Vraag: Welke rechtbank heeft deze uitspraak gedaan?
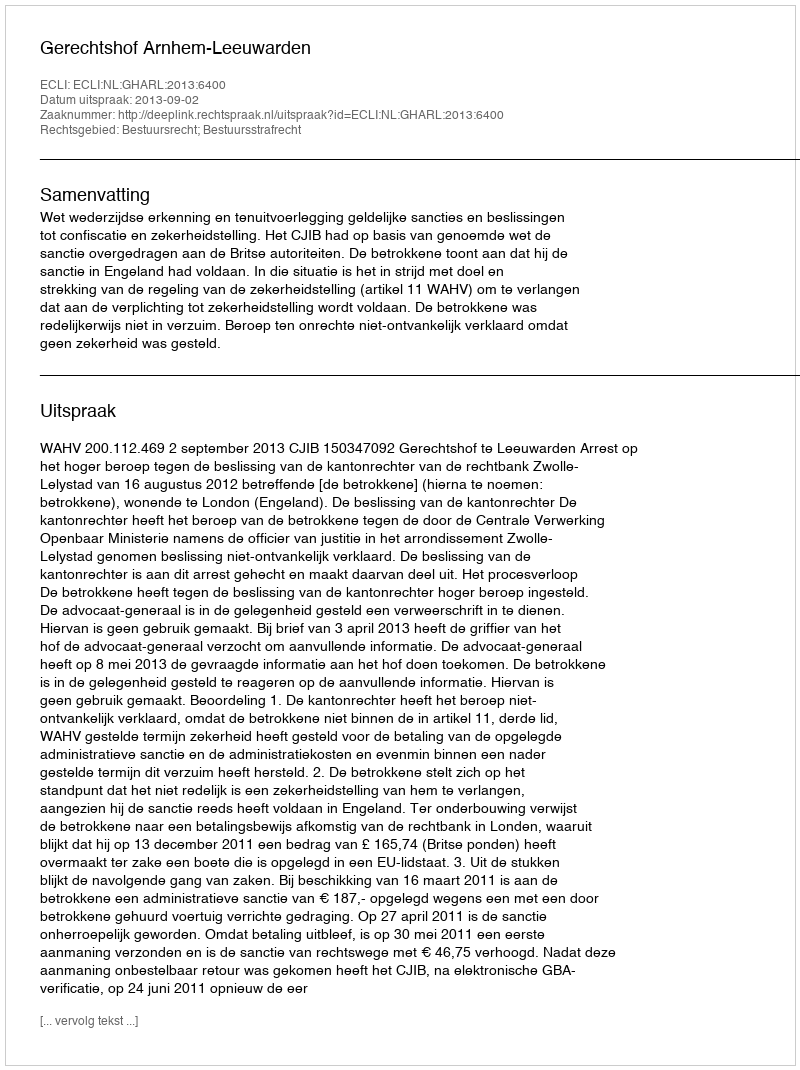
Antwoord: Gerechtshof Arnhem-Leeuwarden